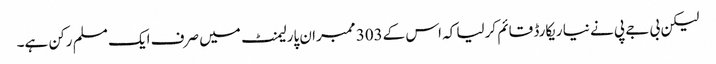
لیکن بی جے پی نے نیا ریکارڈ قائم کرلیا کہ اس کے303 ممبران پارلیمنٹ میں صرف ایک مسلم رکن ہے۔